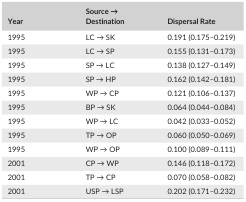
| Year | Source → Destination | Dispersal Rate |
 | --- | --- | --- |
 | 1995 | LC → SK | 0.191 (0.175–0.219) |
 | 1995 | LC → SP | 0.155 (0.131–0.173) |
 | 1995 | SP → LC | 0.138 (0.127–0.149) |
 | 1995 | SP → HP | 0.162 (0.142–0.181) |
 | 1995 | WP → CP | 0.121 (0.106–0.137) |
 | 1995 | BP → SK | 0.064 (0.044–0.084) |
 | 1995 | WP → LC | 0.042 (0.033–0.052) |
 | 1995 | TP → OP | 0.060 (0.050–0.069) |
 | 1995 | WP → OP | 0.100 (0.089–0.111) |
 | 2001 | CP → WP | 0.146 (0.118–0.172) |
 | 2001 | TP → CP | 0.070 (0.058–0.082) |
 | 2001 | USP → LSP | 0.202 (0.171–0.232) |